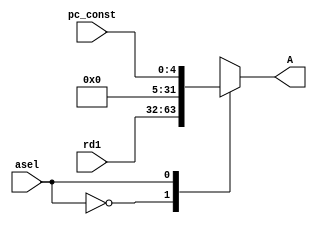
`timescale 1ns / 1ps
//////////////////////////////////////////////////////////////////////////////////
// Company: 
// Engineer: 
// 
// Design Name: 
// Module Name: a_sel
// Project Name: 
// Target Devices: 
// Tool Versions: 
// Description: 
// 
// Dependencies: 
// 
// Revision:
// Revision 0.01 - File Created
// Additional Comments:
// 
//////////////////////////////////////////////////////////////////////////////////


module a_sel(A,rd1,pc_const,asel);
output reg [31:0] A;  // ALU ke pehle reg ka pehla operand A
input [4:0] pc_const; // pc value from offset adder
input [31:0] rd1; // from reg file
input asel;
always @ (rd1,pc_const,asel)
case(asel)
1'b0: A <= rd1;
1'b1: A <= {27'b0,pc_const};
endcase
endmodule